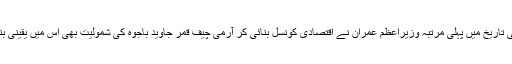
ملکی تاریخ میں پہلی مرتبہ وزیراعظم عمران نے اقتصادی کونسل بنائی کر آرمی چیف قمر جاوید باجوہ کی شمولیت بھی اس میں یقینی بنائی۔